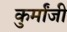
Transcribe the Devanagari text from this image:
कुर्मांजी